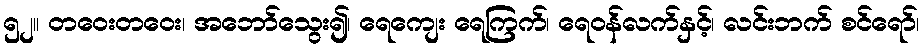
၅၂။ တဝေးတဝေး၊ အဘော်သွေး၍၊ ရေကျေး ရေကြက်၊ ရေဝန်လက်နှင့်၊ လင်းဘက် စင်ရော်၊